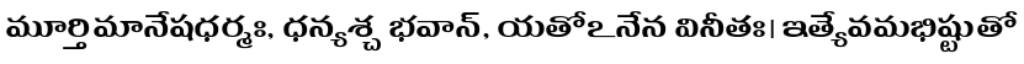
మూర్తిమానేషధర్మః, ధన్యశ్చ భవాన్, యతోఽనేన వినీతః। ఇత్యేవమభిష్టుతో